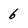
Character: 6